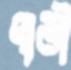
পাতী